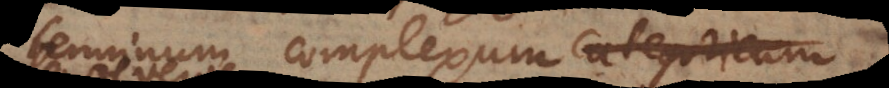
terminum complexum categoricum